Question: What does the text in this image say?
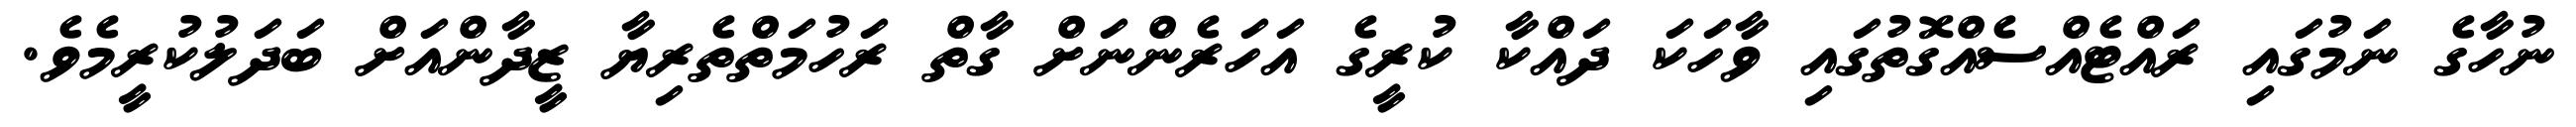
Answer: ނުހާގެ ނަމުގައި ރައްޓެއްސެއްގޮތުގައި ވާހަކަ ދައްކާ ކުރީގެ އަހަރެންނަށް ގާތް ރަހުމަތްތެރިޔާ ޒީދާންއަށް ބަދަލުކުރީމެވެ.